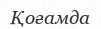
Қоғамда